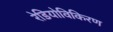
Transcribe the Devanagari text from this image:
रेडियोविकिरण